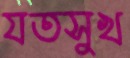
যতসুখ